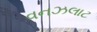
વનઝલાટ